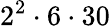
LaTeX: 2^{2}\cdot 6\cdot 30